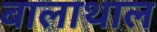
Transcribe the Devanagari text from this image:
बालाथाल